Leaving Certificate Examination, 1919
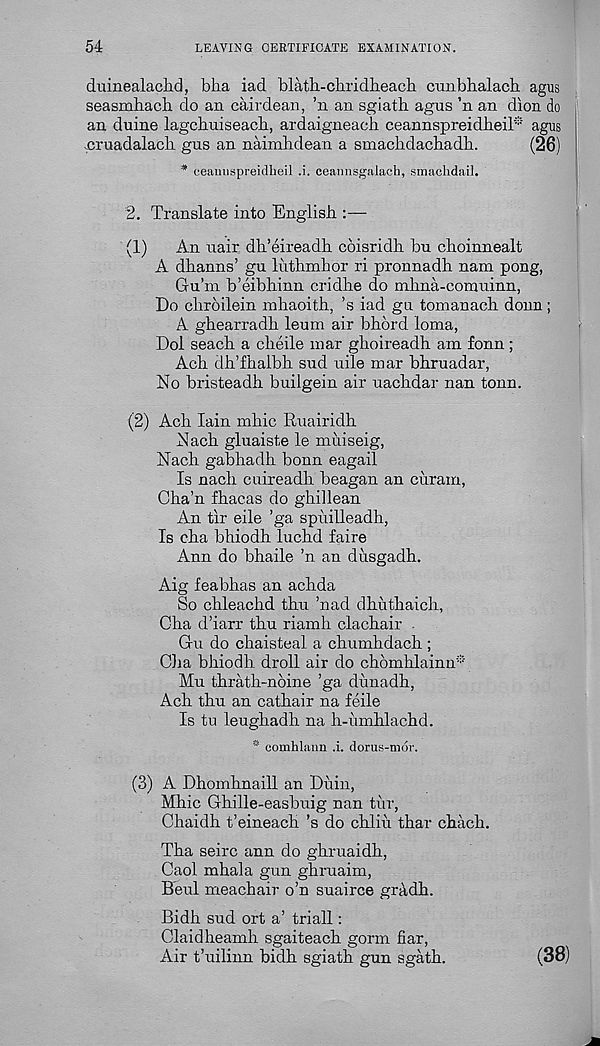
54
LEAVING CERTIFICATE EXAMINATION.
duinealach.d, bha iad blath-chridlieacli ctmbhalacli agiis
seasmbach do an cairdean, ’n an sgiath agus ’n an dion do
an duine lagchuiseacb, ardaigneaeh ceannspreidbeil* agus
cruadaladi gus an naimlidean a smaclidachadb.
(26)
* ceanuspreidheil .i. ceannsgalaoh, smachdail.
2. Translate into English
(1)
An nair dh’eireadh coisridh bn choinnealt
A dhanns’ gn luthmhor ri pronnadh nam pong,
Gu’in b’eibhinn cridhe do mlma-comuinn,
Do cliroilein mhaoith, ’s iad gu tomanach donn;
A ghearradh leum air bhord loma,
Dol seach a cheile mar ghoireadh am fonn ;
Ach dh’fhalbh sud uile mar bhruadar,
No bristeadh builgein air uachdar nan tonn.
(2) Ach Iain mhic Ruairidh
Nach gluaiste le muiseig,
Nach gabhadh bonn eagail
Is nach cuireadh beagan an ciiram,
Cha’n fhacas do ghillean
An tir eile ’ga sphilleadh,
Is cha bhiodh luchd faire
Ann do bhaile ’n an dusgadh.
Aig feabhas an achda
So chleachd thu ’nad dhuthaich,
Cha d’iarr thu riamh clachair
Gu do chaisteal a chumhdach ;
Cha bhiodh droll air do chomhlainn*
Mu thrath-nbine ’ga dunadh,
Ach thu an cathair na feile
Is tu leughadh na h-umhlachd.
* comhlann .i. dorus-mor.
(3) A Dhomhnaill an Diiin,
Mhic Ghille-easbuig nan tur,
Chaidh t’eineach’s do chliu thar chach.
Tha seirc ann do ghruaidh,
Gaol mhala gun ghruaim,
Beul meachair o’n suairce gradh.
Bidh sud ort a’ triall:
Claidheamh sgaiteach gorm fiar,
Air t’uilinn bidh sgiath gun sgath.
(38)